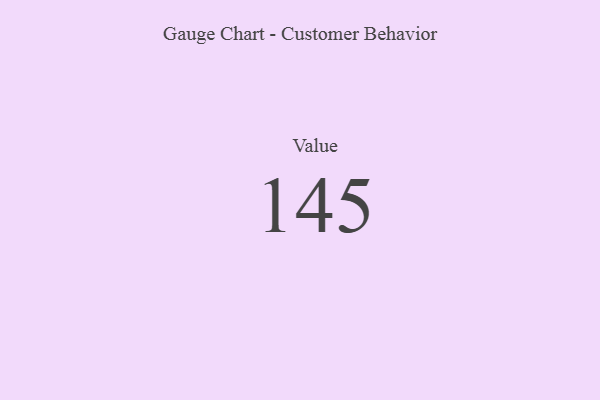
{"axis": {"x": "Metric", "y": "Value"}, "legend": [""], "data": [{"x": "Value", "y": 145, "type": ""}]}